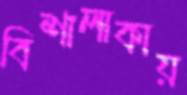
বিশালাকায়